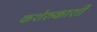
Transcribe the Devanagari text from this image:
कशेरुकाशी